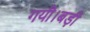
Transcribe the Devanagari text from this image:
गयी।बड़ी